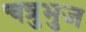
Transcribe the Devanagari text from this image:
चत्रुभुज